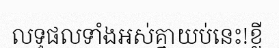
លទ្ធផលទាំងអស់គ្នាយប់នេះ!ខ្លី